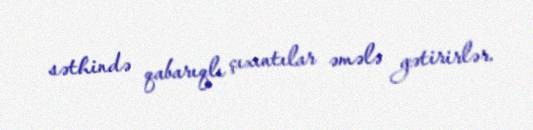
səthində qabarıqlı çıxıntılar əmələ gətirirlər.